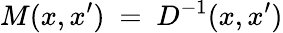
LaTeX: M(x,x^{\prime})\ =\ D^{-1}(x,x^{\prime})